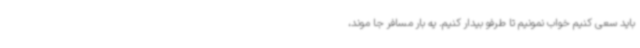
باید سعی کنیم خواب نمونیم تا طرفو بیدار کنیم. یه بار مسافر جا موند،